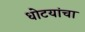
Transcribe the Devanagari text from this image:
धोटयांचा